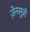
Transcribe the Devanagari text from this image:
ज़ेनसुन्नी